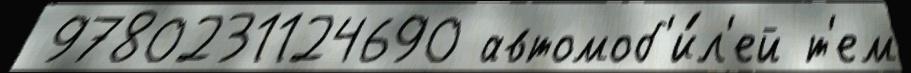
 9780231124690 автомоб'и́л'ей т'ем